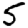
Digit: 5